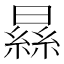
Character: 𣊡